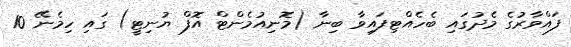
ފައްވާރުގެ މެދުގައި ބެހެއްޓިފައިވާ ބިނާ (މޮނިއުމެންޓް އޮފް ޔުނިޓީ) ގައި ހިމެނޭ 10